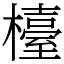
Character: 檯